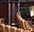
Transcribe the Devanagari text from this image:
होनांची